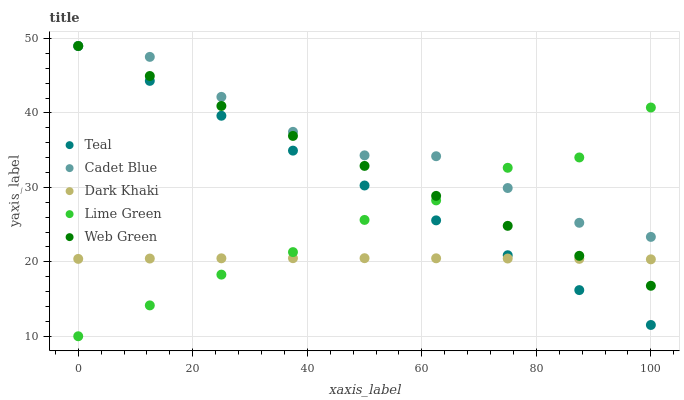
| xaxis_label | Teal | Cadet Blue | Dark Khaki | Lime Green | Web Green |
 | --- | --- | --- | --- | --- | --- |
 | 0 | 49 | 49 | 20.4 | 10 | 49 |
 | 12.5 | 44.3 | 47.5 | 20.4 | 14.1 | 45 |
 | 25 | 39.6 | 42.2 | 20.5 | 18.3 | 40.9 |
 | 37.5 | 34.9 | 37.5 | 20.5 | 21.3 | 36.9 |
 | 50 | 30.3 | 34.3 | 20.5 | 25.6 | 32.9 |
 | 62.5 | 25.6 | 34.2 | 20.5 | 28.3 | 28.9 |
 | 75 | 20.9 | 29.9 | 20.4 | 32.6 | 24.8 |
 | 87.5 | 16.2 | 25.2 | 20.4 | 34 | 20.8 |
 | 100 | 11.5 | 23.4 | 20.3 | 40.7 | 16.8 |